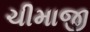
ચીમાજી